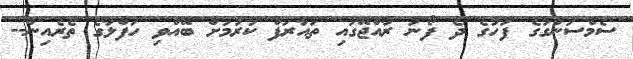
ސެމްސަންގުގެ ފަހުގެ ދެ ފޯނު ރާއްޖޭގައި ތައާރަފް ކުރުމަށް ބޭއްވި ހަފްލާގެ ތެރެއިން--